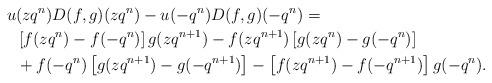
LaTeX: \begin{align*} u&(zq^n)D(f,g)(zq^{n}) - u(-q^n) D(f,g)(-q^n) =\\& \left[f(zq^n )-f(-q^n)\right] g(zq^{n+1}) - f(zq^{n+1}) \left[ g(zq^n) - g(-q^n) \right] \\& + f(-q^n) \left[ g(zq^{n+1}) - g(-q^{n+1})\right] - \left[ f(zq^{n+1}) - f(-q^{n+1}) \right] g(-q^n).\end{align*}